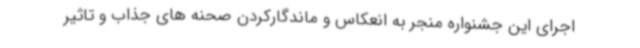
اجرای این جشنواره منجر به انعکاس و ماندگارکردن صحنه های جذاب و تاثیر